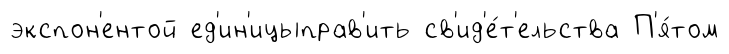
экспон'ентой ед'ин'ицыправ'ить св'ид'е́т'ельства П'я́том